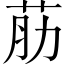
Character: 荕